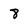
Character: 8